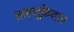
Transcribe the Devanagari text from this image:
ताल्लुक़ेदार